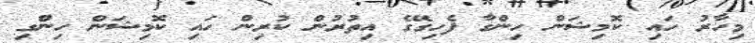
މިހާރު ހައި ކޮމިޝަން ހިންގާ ފެހިގޭގެ އިތުރުން ކުރިން ހައި ކޮމިޝަން ހިންގި